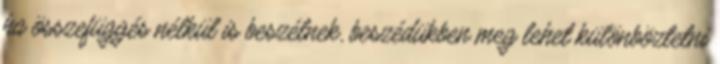
ha összefüggés nélkül is beszélnek, beszédükben meg lehet különböztetni